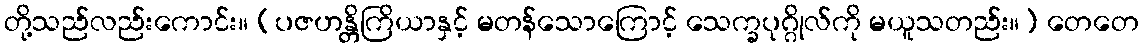
တို့သည်လည်းကောင်း။ (ပဇဟန္တိကြိယာနှင့် မတန်သောကြောင့် သေက္ခပုဂ္ဂိုလ်ကို မယူသတည်း။) တေတေ